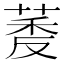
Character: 𬝔